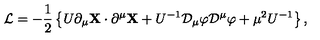
{ \cal L } = - { \frac { 1 } { 2 } } \left\{ U \partial _ { \mu } { \bf X } \cdot \partial ^ { \mu } { \bf X } + U ^ { - 1 } { \cal D } _ { \mu } \varphi { \cal D } ^ { \mu } \varphi + \mu ^ { 2 } U ^ { - 1 } \right\} ,